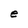
Character: e